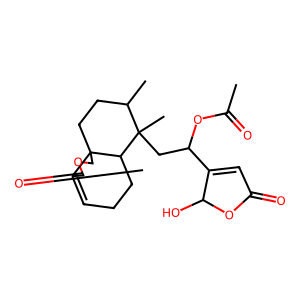
SMILES: CC(=O)OC(CC1(C)C(C)CCC23COC(=O)C2=CCCC31)C1=CC(=O)OC1O
Inhibits HIV replication: No